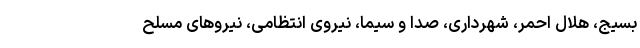
بسیج، هلال احمر، شهرداری، صدا و سیما، نیروی انتظامی، نیروهای مسلح